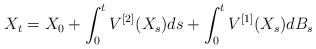
LaTeX: \begin{align*}X_t =X_0+ \int_0^t V^{[2]}(X_s)ds+\int_0^t V^{[1]}(X_s) dB_s\end{align*}